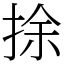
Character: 捈